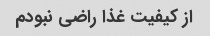
از کیفیت غذا راضی نبودم